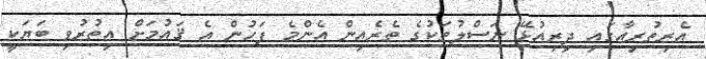
އެރިތުރިއާގައި ދިރިއުޅޭ ނަސްލުތަކުގެ ތެރެއިން އެންމެ ފަހުން އެ ޤައުމަށް އިތުރުވި ބަޔަކީ